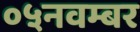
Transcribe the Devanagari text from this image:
०५नवम्बर